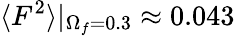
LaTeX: \langle F^{2}\rangle|_{\Omega_{f}=0.3}\approx 0.043